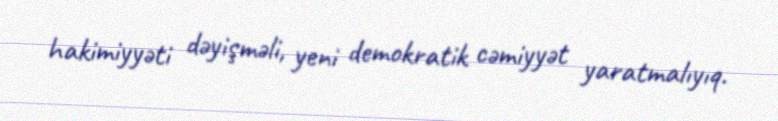
hakimiyyəti dəyişməli, yeni demokratik cəmiyyət yaratmalıyıq.